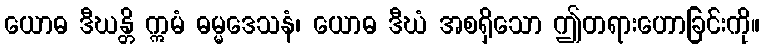
ယောဓ ဒီဃန္တိ ဣမံ ဓမ္မဒေသနံ၊ ယောဓ ဒီဃံ အစရှိသော ဤတရားဟောခြင်းကို။